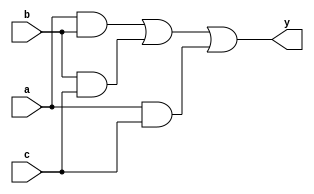
//module tut1(clock,reset,out,count);
////====INPUT OUTPUT DECLARATIONS =====//
//input clock;
//input reset;
//output out;
//output[7:0]count;
//
////======NET/REG DECLARATIONS =====//
//
////wire [3:0]clock;
//reg[7:0]count=8'b0;
//reg out;
//
//always@(posedge clock,posedge reset)begin
//	if (reset==1'b1)begin
//		count<=1'b0;
//		//out=1;
//	end else if (count ==8'b111)begin
//		out<=1'b1;
//		count<=8'b0;
//	end else begin
//		count<=count+8'b1;
//		out<=1'b0;
//	end
//
//end
//
//endmodule

module tut1(a,b,c,y);
//===
input a,b,c;
output y;
//===
//wire im1;
//wire im2;
//wire im3;
reg y;
//y=a*b+b*c+c*a and,or
//and(im1,a,b);
//and(im2,b,c);
//and(im3,c,a);
//
//or(y,im1,im2,im3);

//assign y=(a&b)|(b&c)|(a&c);
always@(a or b or c)begin
	y=(a&b)|(b&c)|(a&c);


end

endmodule